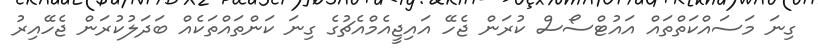
ގިނަ މަސައްކަތްތައް އައުޓްސޯސް ކުރަން ޖެހޭ އައިޖީއެމްއެޗުގެ ގިނަ ކަންތައްތަކެއް ބަދަލުކުރަން ޖެހޭއިރު